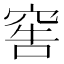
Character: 窖